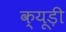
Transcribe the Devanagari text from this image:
क्यूड़ी